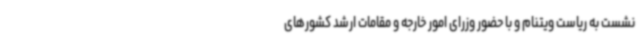
نشست به ریاست ویتنام و با حضور وزرای امور خارجه و مقامات ارشد کشورهای